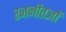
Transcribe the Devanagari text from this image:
रजनीतज्ञों